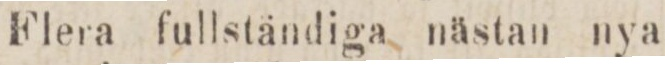
Flera fullständiga nästan nya